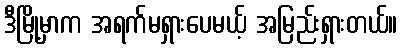
ဒီမြို့မှာက အရက်မရှားပေမယ့် အမြည်းရှားတယ်။